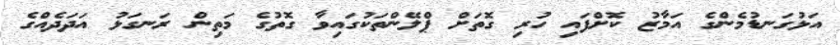
އަޅުގަނޑުމެންގެ އަމާޒު ކޮށްފައި ހުރި ގޮތަށް ޕްލޭންތަކުގައިވާ ގޮތުގެ މަތިން ރަނގަޅު އަދަދެއްގެ